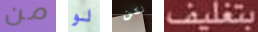
من لو لكن بتغليف